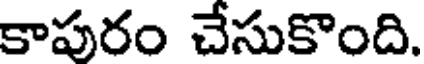
కాపురం చేసుకొంది.